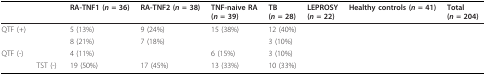
<table><thead><tr><td>[EMPTY_CELL]</td><td>[EMPTY_CELL]</td><td><b>RA-TNF1 (<i>n </i>= 36)</b></td><td><b>RA-TNF2 (<i>n </i>= 38)</b></td><td><b>TNF-naive RA(<i>n </i>= 39)</b></td><td><b>TB(<i>n </i>= 28)</b></td><td><b>LEPROSY(<i>n </i>= 22)</b></td><td><b>Healthy controls (<i>n </i>= 41)</b></td><td><b>Total(<i>n </i>= 204)</b></td></tr></thead><tbody><tr><td>QTF (+)</td><td>[EMPTY_CELL]</td><td>5 (13%)</td><td>9 (24%)</td><td>15 (38%)</td><td>12 (40%)</td><td>[EMPTY_CELL]</td><td>[EMPTY_CELL]</td><td>[EMPTY_CELL]</td></tr><tr><td>[EMPTY_CELL]</td><td>[EMPTY_CELL]</td><td>8 (21%)</td><td>7 (18%)</td><td>[EMPTY_CELL]</td><td>3 (10%)</td><td>[EMPTY_CELL]</td><td>[EMPTY_CELL]</td><td>[EMPTY_CELL]</td></tr><tr><td>QTF (-)</td><td>[EMPTY_CELL]</td><td>4 (11%)</td><td>[EMPTY_CELL]</td><td>6 (15%)</td><td>3 (10%)</td><td>[EMPTY_CELL]</td><td>[EMPTY_CELL]</td><td>[EMPTY_CELL]</td></tr><tr><td>[EMPTY_CELL]</td><td>TST (-)</td><td>19 (50%)</td><td>17 (45%)</td><td>13 (33%)</td><td>10 (33%)</td><td>[EMPTY_CELL]</td><td>[EMPTY_CELL]</td><td>[EMPTY_CELL]</td></tr></tbody></table>